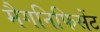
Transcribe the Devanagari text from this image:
मैगनिफिसेंट